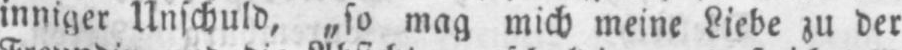
inniger Unschuld, „so mag mich meine Liebe zu der